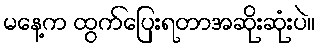
မနေ့က ထွက်ပြေးရတာအဆိုးဆုံးပဲ။